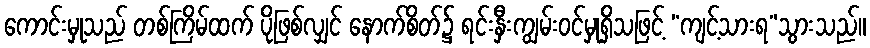
ကောင်းမှုသည် တစ်ကြိမ်ထက် ပိုဖြစ်လျှင် နောက်စိတ်၌ ရင်းနှီးကျွမ်းဝင်မှုရှိသဖြင့် “ကျင့်သားရ”သွားသည်။